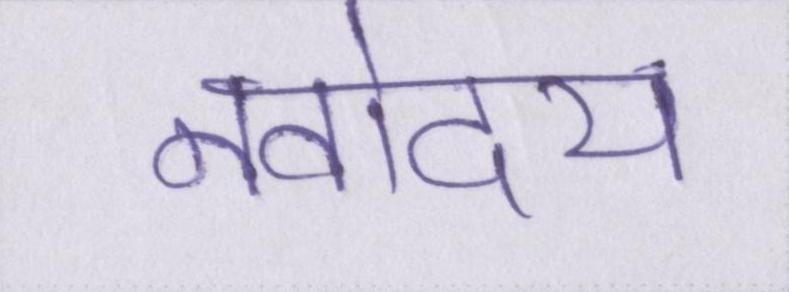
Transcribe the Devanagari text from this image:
नवोदय